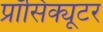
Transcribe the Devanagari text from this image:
प्रॉसिक्यूटर